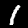
Digit: 1